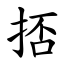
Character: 㧵